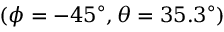
\left( \phi = - 4 5 ^ { \circ } , \theta = 3 5 . 3 ^ { \circ } \right)